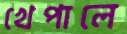
খেপালে